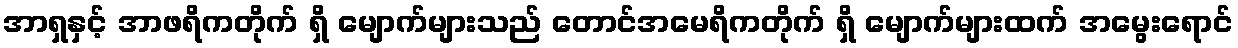
အာရှနှင့် အာဖရိကတိုက် ရှိ မျောက်များသည် တောင်အမေရိကတိုက် ရှိ မျောက်များထက် အမွေးရောင်